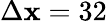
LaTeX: \Delta\mathbf{x}=32